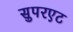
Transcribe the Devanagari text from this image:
सुपरएट